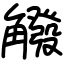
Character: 䚨